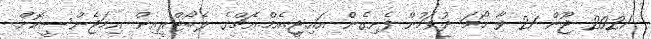
2021 ޖޫން 21 ވާ ހޯމަ ދުވަހުން ފެށިގެން އައި.ޖީ.އެމް.އެޗްގެ ލެބޯޓްރީއިން އިމަޖެންސީކޮށް